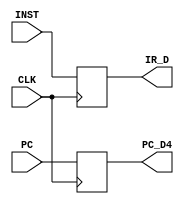
module IF_ID(INST, PC, IR_D, PC_D4, CLK);

    input CLK;
    input [31:0] INST;
    input [31:0] PC;
    output reg [31:0] IR_D;
    output reg [31:0] PC_D4;

always @(posedge CLK) begin
     IR_D <= INST;
     PC_D4 <= PC;
end



endmodule